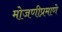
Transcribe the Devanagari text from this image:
मोजणीप्रमाणे